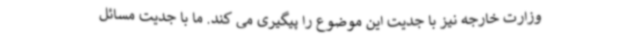
وزارت خارجه نیز با جدیت این موضوع را پیگیری می کند. ما با جدیت مسائل